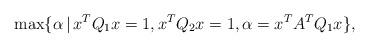
LaTeX: \begin{align*}\max \{\alpha\,|\, x^TQ_1x=1, x^TQ_2x=1, \alpha= x^TA^TQ_1x\},\end{align*}